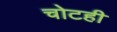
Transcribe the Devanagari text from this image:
चोटही